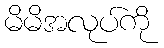
မိမိအလုပ်ကို